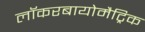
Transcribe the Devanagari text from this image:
लॉकरबायोमैट्रिक